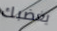
يغضبك